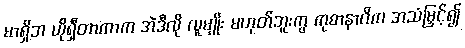
မာရှိဘ ယိုရှီတာကာက အဲဒီလို လူမျိုး မဟုတ်ဘူးကွ ကုစာနာဂိက အသံမြှင့်၍